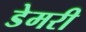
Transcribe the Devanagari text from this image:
डेमरी